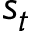
s _ { t }